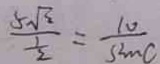
\frac { 5 \sqrt { 2 } } { \frac { 1 } { 2 } } = \frac { 1 0 } { \sin C }